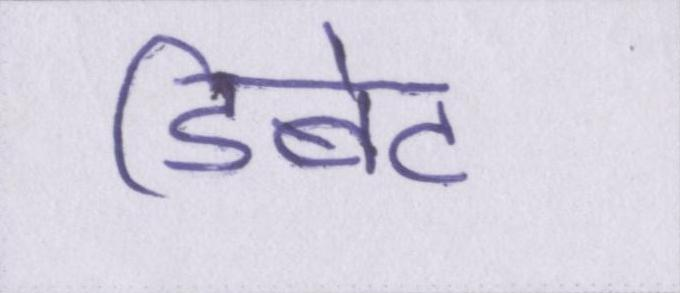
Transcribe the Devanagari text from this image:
डिबेट